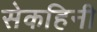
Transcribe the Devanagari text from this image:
सेकहिनी